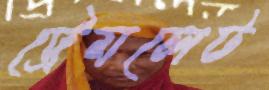
ট্রেমলেট